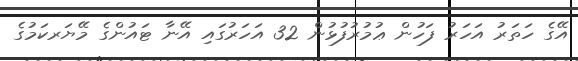
އޭގެ ހަތަރު އަހަރު ފަހުން ޢުމުރުފުޅުން 32 އަހަރުގައި އޭނާ ޓައުންގެ މޭޔަރކަމުގެ